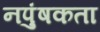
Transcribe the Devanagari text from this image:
नपुंषकता